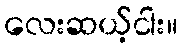
လေးဆယ့်ငါး။